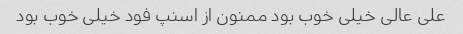
علی عالی خیلی خوب بود ممنون از اسنپ فود خیلی خوب بود